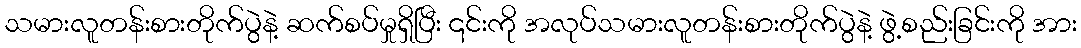
သမားလူတန်းစားတိုက်ပွဲနဲ့ ဆက်စပ်မှုရှိပြီး ၎င်းကို အလုပ်သမားလူတန်းစားတိုက်ပွဲနဲ့ ဖွဲ့စည်းခြင်းကို အား